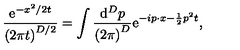
\frac { \mathrm { e } ^ { - x ^ { 2 } / 2 t } } { \left( 2 \pi t \right) ^ { D / 2 } } = \int \frac { \mathrm { d } ^ { D } p } { \left( 2 \pi \right) ^ { D } } \mathrm { e } ^ { - i p \cdot x - \frac 1 2 p ^ { 2 } t } ,